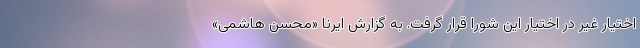
اختیار غیر در اختیار این شورا قرار گرفت. به گزارش ایرنا «محسن هاشمی»